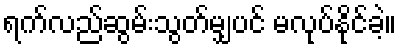
ရက်လည်ဆွမ်းသွတ်မျှပင် မလုပ်နိုင်ခဲ့။